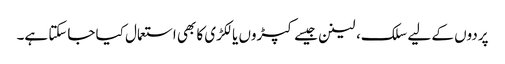
پردوں کے لیے سلک، لینن جیسے کپڑوں یا لکڑی کا بھی استعمال کیا جاسکتا ہے۔